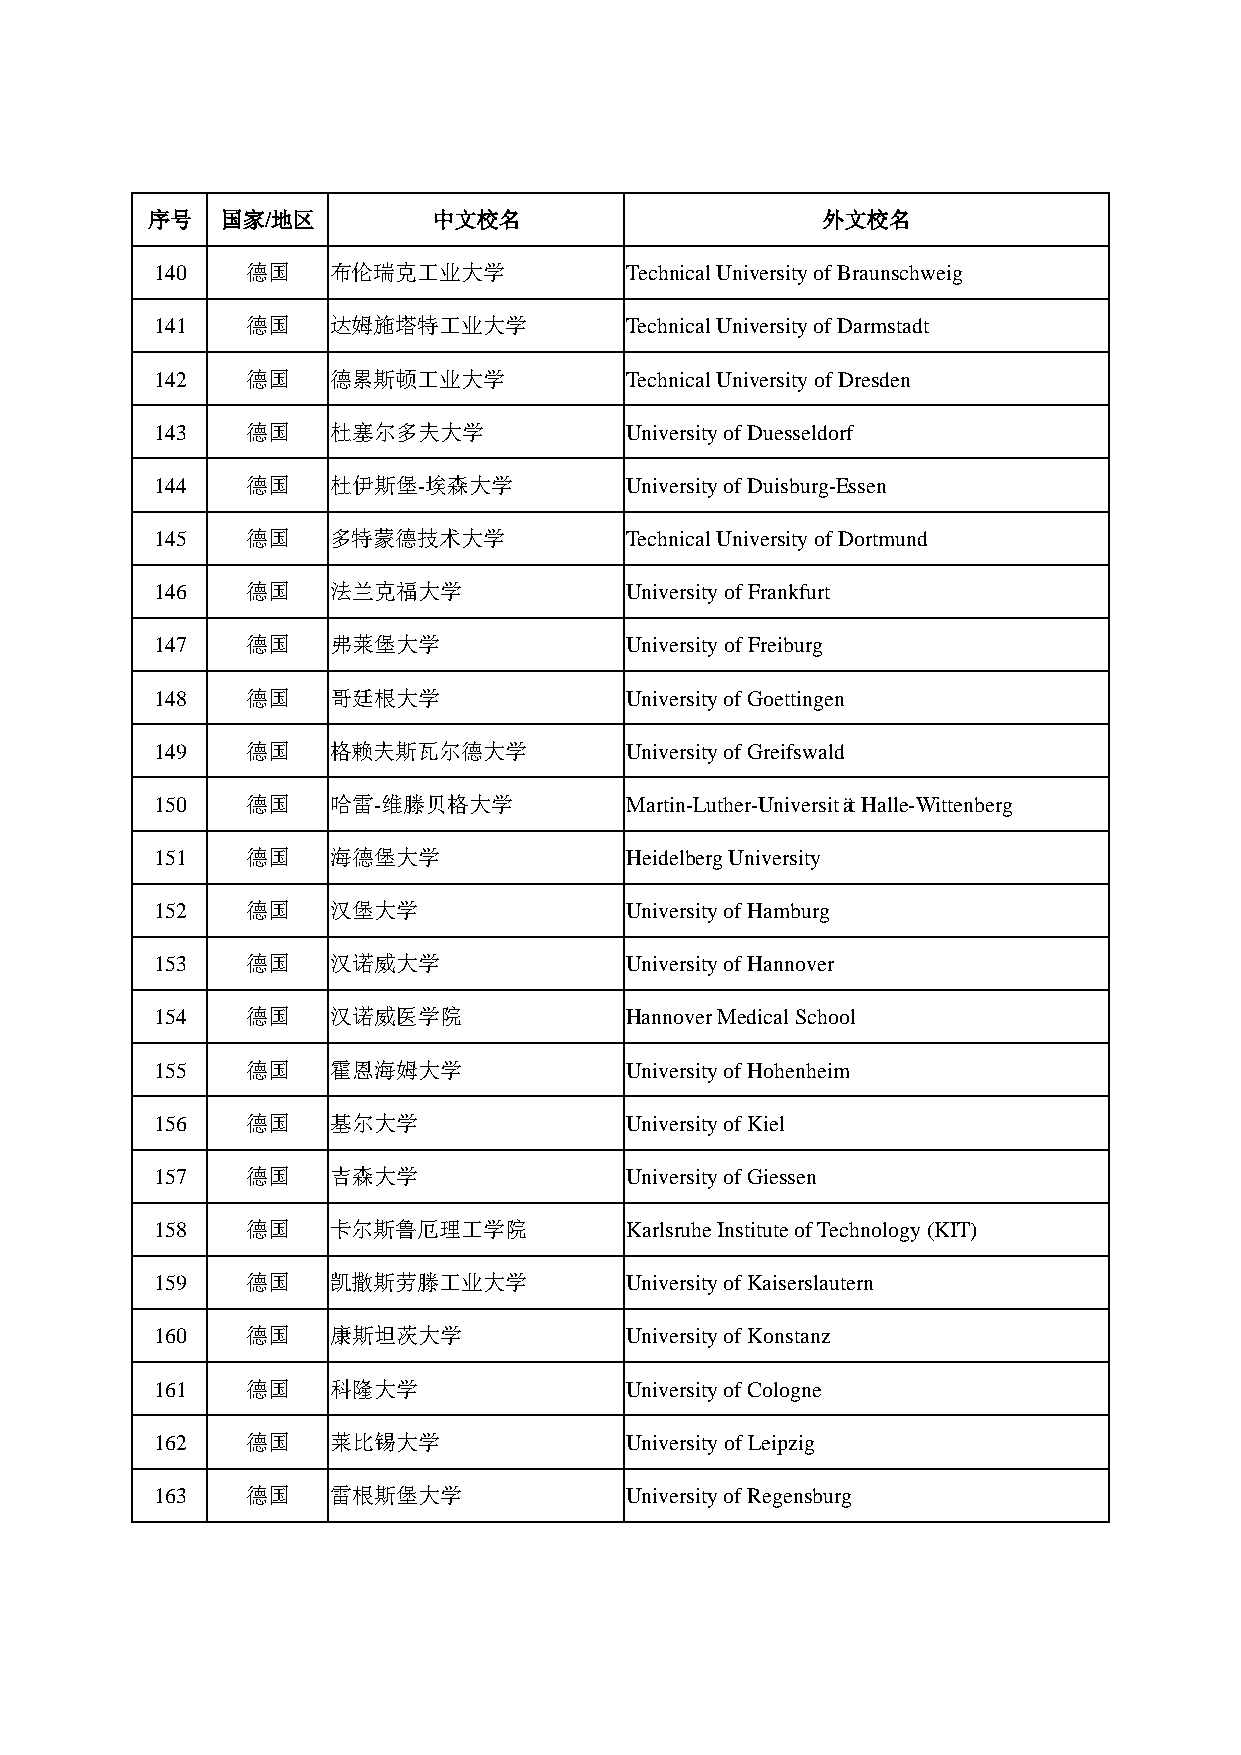
序号   国家/地区         中文校名                     外文校名
 140   德国    布伦瑞克工业大学           Technical University of Braunschweig
 141   德国    达姆施塔特工业大学          Technical University of Darmstadt
 142   德国    德累斯顿工业大学           Technical University of Dresden
 143   德国    杜塞尔多夫大学            University of Duesseldorf
 144   德国    杜伊斯堡-埃森大学          University of Duisburg-Essen
 145   德国    多特蒙德技术大学           Technical University of Dortmund
 146   德国    法兰克福大学             University of Frankfurt
 147   德国    弗莱堡大学              University of Freiburg
 148   德国    哥廷根大学              University of Goettingen
 149   德国    格赖夫斯瓦尔德大学          University of Greifswald
 150   德国    哈雷-维滕贝格大学          Martin-Luther-Universität Halle-Wittenberg
 151   德国    海德堡大学              Heidelberg University
 152   德国    汉堡大学               University of Hamburg
 153   德国    汉诺威大学              University of Hannover
 154   德国    汉诺威医学院             Hannover Medical School
 155   德国    霍恩海姆大学             University of Hohenheim
 156   德国    基尔大学               University of Kiel
 157   德国    吉森大学               University of Giessen
 158   德国    卡尔斯鲁厄理工学院          Karlsruhe Institute of Technology (KIT)
 159   德国    凯撒斯劳滕工业大学          University of Kaiserslautern
 160   德国    康斯坦茨大学             University of Konstanz
 161   德国    科隆大学               University of Cologne
 162   德国    莱比锡大学              University of Leipzig
 163   德国    雷根斯堡大学             University of Regensburg